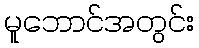
မူဘောင်အတွင်း